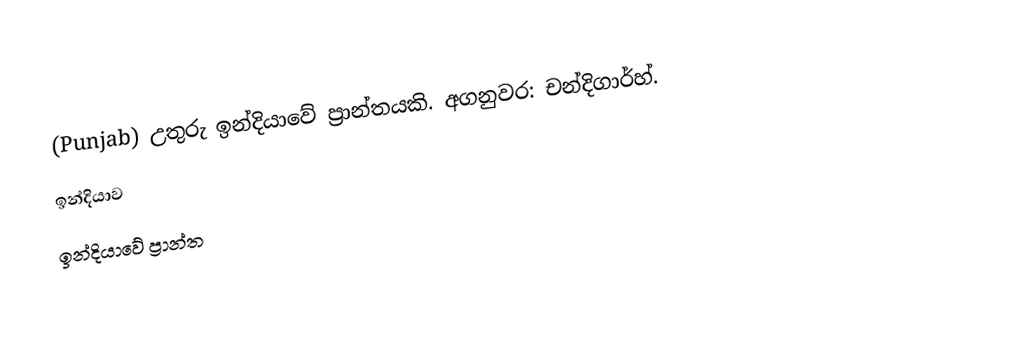
(Punjab) උතුරු ඉන්දියාවේ ප්‍රාන්තයකි. අගනුවර: චන්දිගාර්හ්.
ඉන්දියාව
ඉන්දියාවේ ප්‍රාන්ත